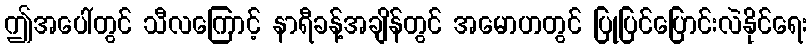
ဤအပေါ်တွင် သီလကြောင့် နာရီခန့်အချိန်တွင် အမောဟတွင် ပြုပြင်ပြောင်းလဲနိုင်ရေး